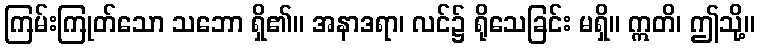
ကြမ်းကြုတ်သော သဘော ရှိ၏။ အနာဒရာ၊ လင်၌ ရိုသေခြင်း မရှိ။ ဣတိ၊ ဤသို့။